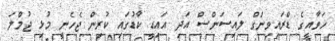
ހަވާއީގެ ޑްރައިވިންގް ލައިސަންސް އަދި އައިޑީ ކާޑުގައި ކުރިން ޖެހެނީ މުޅި ޖުމްލަ